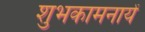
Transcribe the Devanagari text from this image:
शुभकामनायें